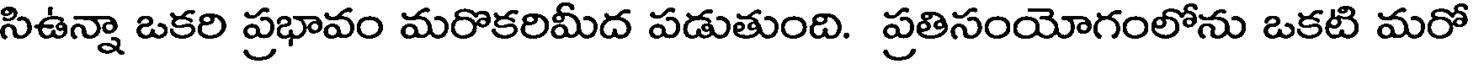
సిఉన్నా ఒకరి ప్రభావం మరొకరిమీద పడుతుంది. ప్రతిసంయోగంలోను ఒకటి మరో